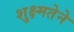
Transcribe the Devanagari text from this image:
शुक्ष्मतेने